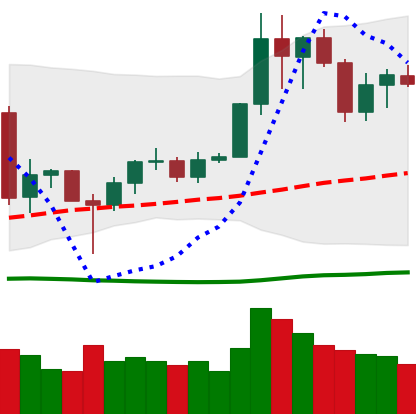
Ticker: LINK-USD
Chart end date: 2020-06-30
Forward return: 3.786%
Label: up_3_5